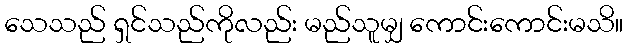
သေသည် ရှင်သည်ကိုလည်း မည်သူမျှ ကောင်းကောင်းမသိ။